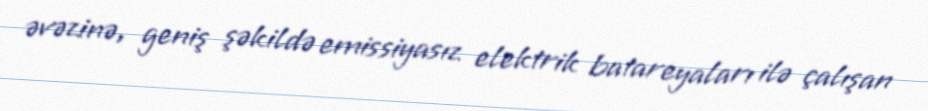
əvəzinə, geniş şəkildə emissiyasız elektrik batareyaları ilə çalışan